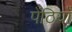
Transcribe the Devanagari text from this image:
पेंठियाँ